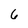
Character: 6